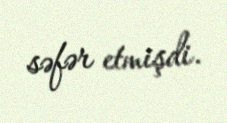
səfər etmişdi.